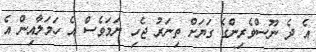
އެ ދެ ނޫސްވެރިންގެ ގަޔަށް ތިނަރު ޖެހި ނަމަވެސް އެ ހަމަލާއިން އެ